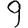
Digit: 9